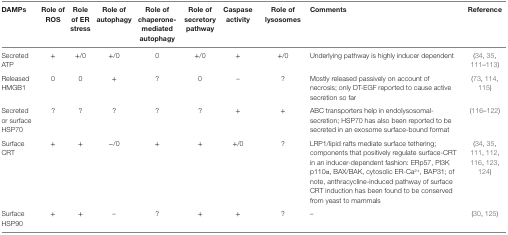
<table><thead><tr><td><b>DAMPs</b></td><td><b>Role of ROS</b></td><td><b>Role of ER stress</b></td><td><b>Role of autophagy</b></td><td><b>Role of chaperone-mediated autophagy</b></td><td><b>Role of secretory pathway</b></td><td><b>Caspase activity</b></td><td><b>Role of lysosomes</b></td><td><b>Comments</b></td><td><b>Reference</b></td></tr></thead><tbody><tr><td>Secreted ATP</td><td>+</td><td>+/0</td><td>+/0</td><td>0</td><td>+/0</td><td>+</td><td>+/0</td><td>Underlying pathway is highly inducer dependent</td><td>(34, 35, 111–113)</td></tr><tr><td>Released HMGB1</td><td>0</td><td>0</td><td>+</td><td>?</td><td>0</td><td>–</td><td>?</td><td>Mostly released passively on account of necrosis; only DT-EGF reported to cause active secretion so far</td><td>(73, 114, 115)</td></tr><tr><td>Secreted or surface HSP70</td><td>?</td><td>?</td><td>?</td><td>?</td><td>?</td><td>+</td><td>+</td><td>ABC transporters help in endolysosomal-secretion; HSP70 has also been reported to be secreted in an exosome surface-bound format</td><td>(116–122)</td></tr><tr><td>Surface CRT</td><td>+</td><td>+</td><td>−/0</td><td>+</td><td>+</td><td>+/0</td><td>?</td><td>LRP1/lipid rafts mediate surface tethering; components that positively regulate surface-CRT in an inducer-dependent fashion: ERp57, PI3K p110α, BAX/BAK, cytosolic ER-Ca<sup>2+</sup>, BAP31; of note, anthracycline-induced pathway of surface CRT induction has been found to be conserved from yeast to mammals</td><td>(34, 35, 111, 112, 116, 123, 124)</td></tr><tr><td>Surface HSP90</td><td>+</td><td>+</td><td>–</td><td>?</td><td>+</td><td>+</td><td>?</td><td>–</td><td>(30, 125)</td></tr></tbody></table>